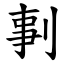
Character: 剚